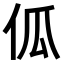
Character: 𠇗